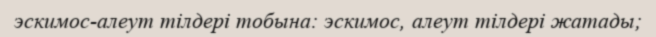
эскимос-алеут тілдері тобына: эскимос, алеут тілдері жатады;